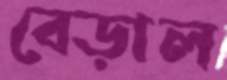
বেড়াল